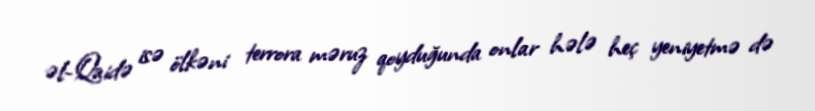
əl-Qaidə isə ölkəni terrora məruz qoyduğunda onlar hələ heç yeniyetmə də